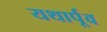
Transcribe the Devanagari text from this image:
यथार्पूव